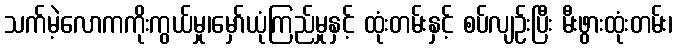
သက်မဲ့လောကကိုးကွယ်မှု၊မှော်ယုံကြည်မှုနှင့် ထုံးတမ်းနှင့် စပ်လျဉ်းပြီး မီးဖွားထုံးတမ်း၊